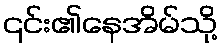
၎င်း၏နေအိမ်သို့